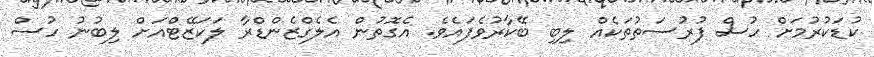
ކުޑަކުރުމަށް ހުސް ފުރުސަތުތަކެއް ލިބި ބޭކާރުވެފައެވެ. އެގޮތުން އެލެގްޒެންޑްރާ ލަކަޒޭޓްއަށް ލިބުނު ހުސް